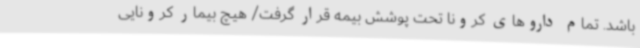
باشد. تمام داروهای کرونا تحت پوشش بیمه قرار گرفت/ هیچ بیمار کرونایی